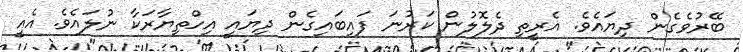
ބޭރުވެގެން ދިޔައެވެ. އެރީތި ދެލޮލުން ކަރުނަ ފައިބައިގެން ދިޔައީ އިހްތިޔާރަކާ ނުލައެވެ. އެއީ